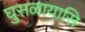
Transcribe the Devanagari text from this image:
घुसळायासि